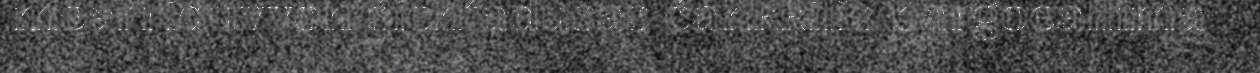
mearriduvvon šiehtadusas čáhkkilis bargoeallima